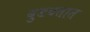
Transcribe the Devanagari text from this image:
बुडवतात